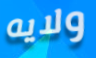
ولايه